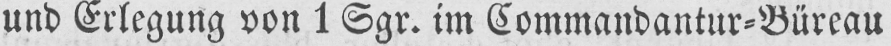
und Erlegung von 1 Sgr. im Commandantur⸗Büreau